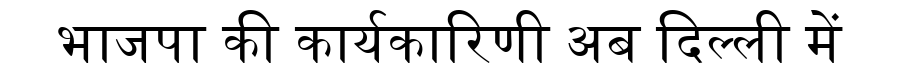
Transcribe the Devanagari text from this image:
भाजपा की कार्यकारिणी अब दिल्ली में